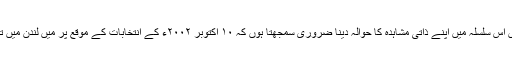
میں اس سلسلہ میں اپنے ذاتی مشاہدہ کا حوالہ دینا ضروری سمجھتا ہوں کہ ۱۰ اکتوبر ۲۰۰۲ء کے انتخابات کے موقع پر میں لندن میں تھا۔